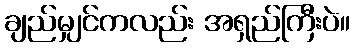
ချည်မျှင်ကလည်း အရှည်ကြီးပဲ။